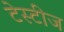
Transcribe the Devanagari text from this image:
टेस्टीज